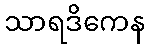
သာရဒိကေန